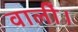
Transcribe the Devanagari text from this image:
वालीं।